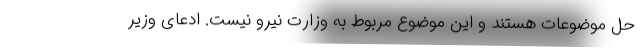
حل موضوعات هستند و این موضوع مربوط به وزارت نیرو نیست. ادعای وزیر